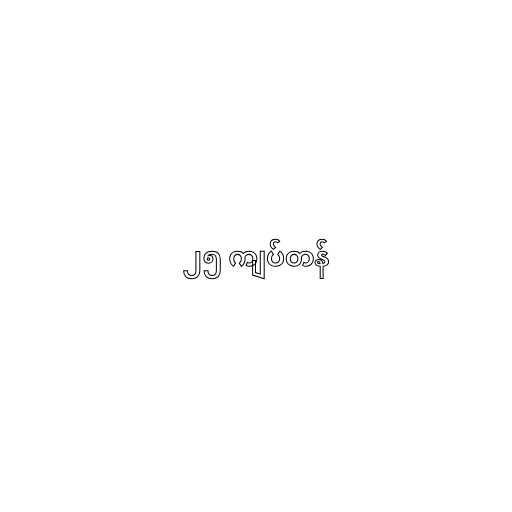
၂၅ ကျပ်တန်